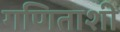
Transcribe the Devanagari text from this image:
गणिताशी